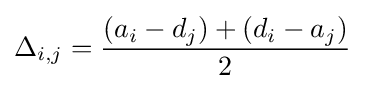
\Delta _{i,j}={\frac {\left(a_{i}-d_{j}\right)+\left(d_{i}-a_{j}\right)}{2}}